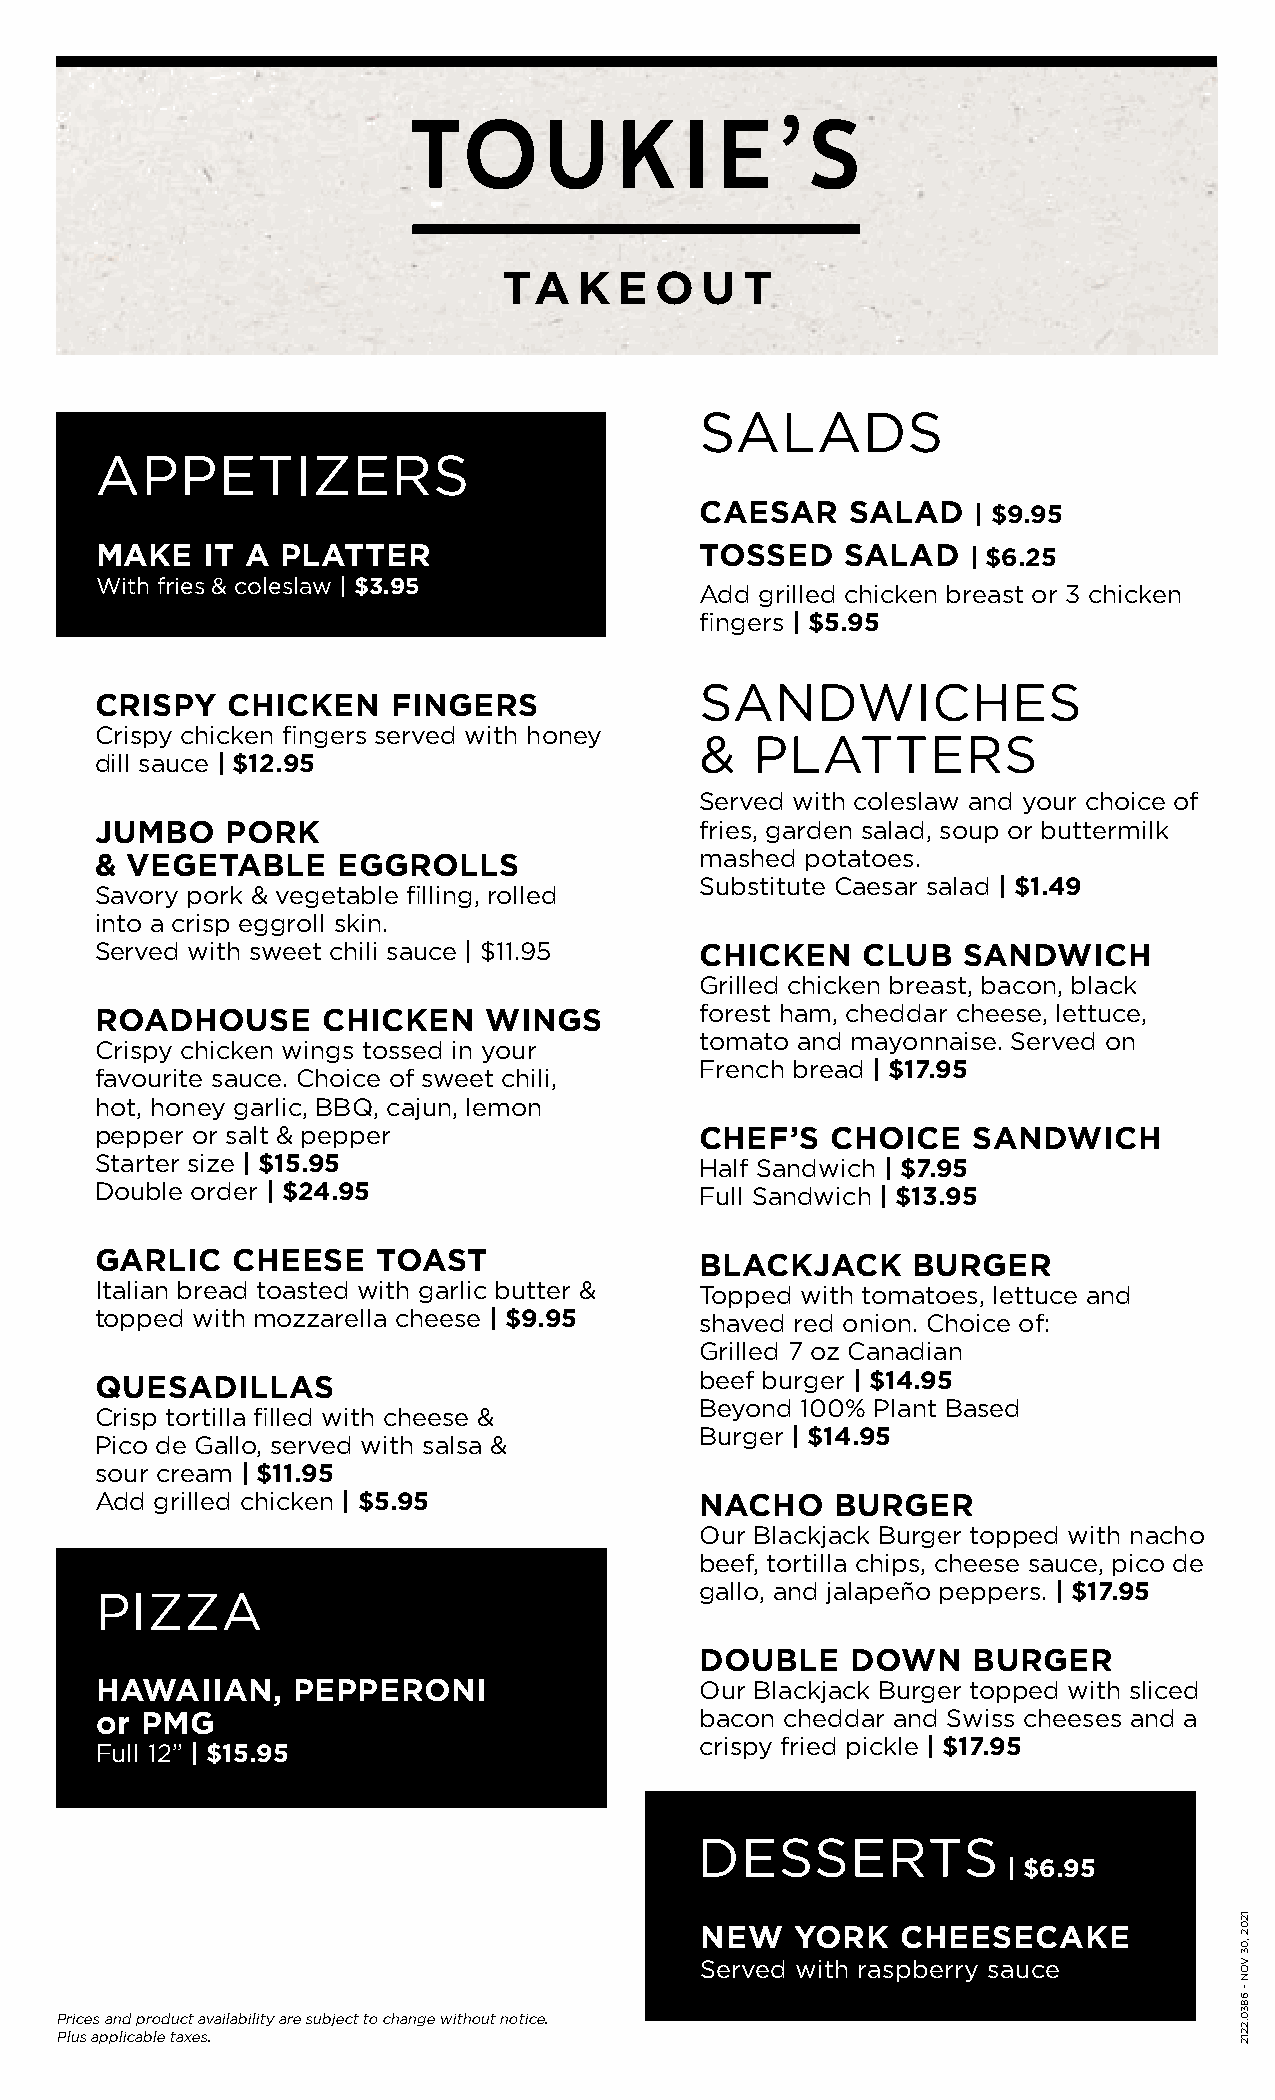
TO       U    K   I E    ’ S
 TA   K  E O  U  T
 SALADS
 APPETIZERS
 CAESAR    SALAD    | $9.95
 MAKE   IT A  PLATTER                    TOSSED    SALAD   | $6.25
 With fries & coleslaw | $3.95           Add grilled chicken breast or 3 chicken
 fingers | $5.95
 SANDWICHES
 CRISPY   CHICKEN    FINGERS
 Crispy chicken fingers served with honey
 &   PLATTERS
 dill sauce | $12.95
 Served with coleslaw and your choice of
 JUMBO    PORK                           fries, garden salad, soup or buttermilk
 mashed potatoes.
 & VEGETABLE     EGGROLLS
 Substitute Caesar salad | $1.49
 Savory pork & vegetable filling, rolled
 into a crisp eggroll skin.
 Served with sweet chili sauce | $11.95  CHICKEN    CLUB   SANDWICH
 Grilled chicken breast, bacon, black
 forest ham, cheddar cheese, lettuce,
 ROADHOUSE      CHICKEN    WINGS
 tomato and mayonnaise. Served on
 Crispy chicken wings tossed in your
 French bread | $17.95
 favourite sauce. Choice of sweet chili,
 hot, honey garlic, BBQ, cajun, lemon
 pepper or salt & pepper                 CHEF’S   CHOICE   SANDWICH
 Starter size | $15.95                   Half Sandwich | $7.95
 Double order | $24.95                   Full Sandwich | $13.95
 GARLIC   CHEESE    TOAST                BLACKJACK     BURGER
 Italian bread toasted with garlic butter & Topped with tomatoes, lettuce and
 topped with mozzarella cheese | $9.95   shaved red onion. Choice of:
 Grilled 7 oz Canadian
 QUESADILLAS                             beef burger | $14.95
 Beyond 100% Plant Based
 Crisp tortilla filled with cheese &
 Burger | $14.95
 Pico de Gallo, served with salsa &
 sour cream | $11.95
 Add grilled chicken | $5.95             NACHO    BURGER
 Our Blackjack Burger topped with nacho
 beef, tortilla chips, cheese sauce, pico de
 gallo, and jalapeño peppers. | $17.95
 PIZZA
 DOUBLE    DOWN    BURGER
 HAWAIIAN,    PEPPERONI                  Our Blackjack Burger topped with sliced
 or PMG                                  bacon cheddar and Swiss cheeses and a
 Full 12” | $15.95                       crispy fried pickle | $17.95
 DESSERTS
 | $6.95
 NEW    YORK   CHEESECAKE
 Served with raspberry sauce
 Prices and product availability are subject to change without notice.
 Plus applicable taxes.
 1202
 ,03
 VON
 -
 6830.2212